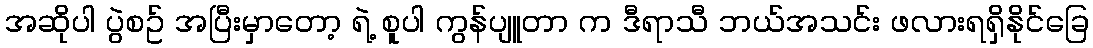
အဆိုပါ ပွဲစဥ် အပြီးမှာတော့ ရဲ့ စူပါ ကွန်ပျူတာ က ဒီရာသီ ဘယ်အသင်း ဖလားရရှိနိုင်ခြေ